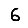
Digit: 6